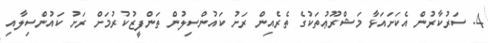
4. ސަރުކާރުން އެކަށައަޅާ މަޝްރޫޢުތަކުގެ ތެރެއިން ރަށު ކައުންސިލުން ތަންފީޒުކުރުމަށް ރަށު ކައުންސިލާއި